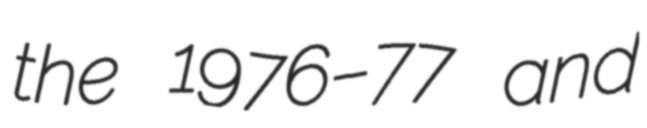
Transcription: the 1976–77 and